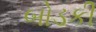
બોડકી